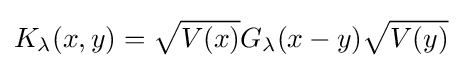
K_{\lambda }(x,y)={\sqrt {V(x)}}G_{\lambda }(x-y){\sqrt {V(y)}}